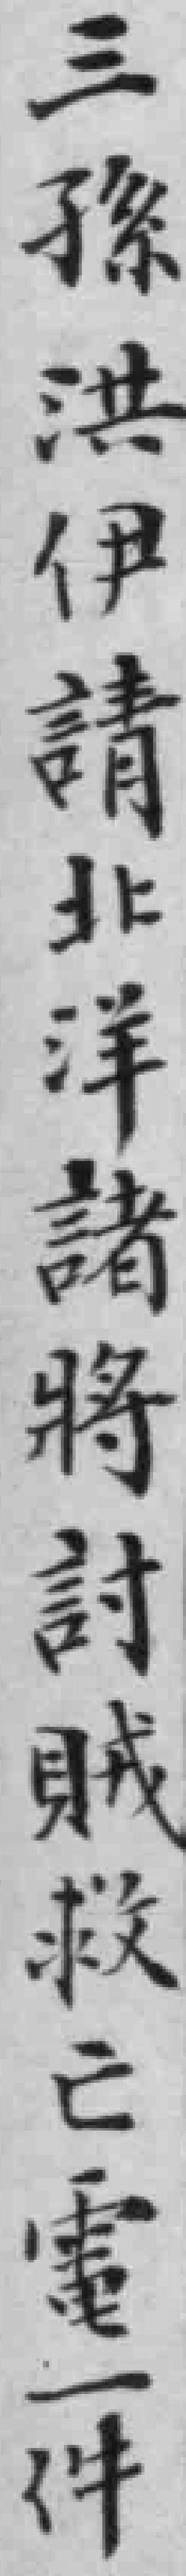
三孫洪伊請北洋諸将討賊救亡電一件